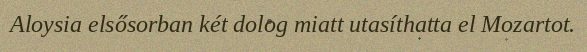
Aloysia elsősorban két dolog miatt utasíthatta el Mozartot.